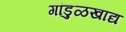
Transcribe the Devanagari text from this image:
गांडुळखाद्य